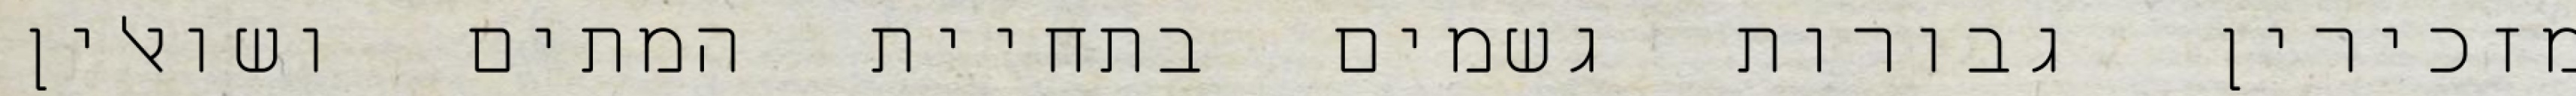
מזכירין גבורות גשמים בתחיית המתים ושואלין